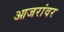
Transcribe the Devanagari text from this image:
आजरांवर